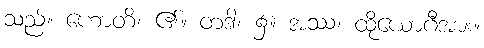
သည်။ ဟောတိ၊ ၏။ တဒါ၊ ၌။ အဿ၊ ထိုယောဂီအား။